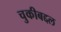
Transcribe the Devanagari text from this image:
चुकीबद्दल